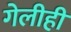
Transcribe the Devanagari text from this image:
गेलीही